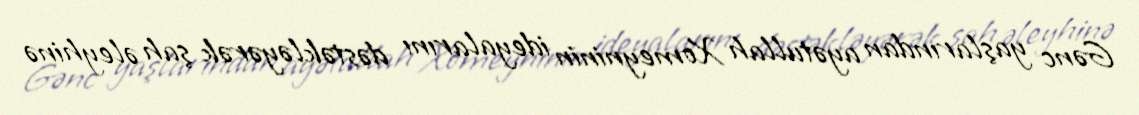
Gənc yaşlarından ayətullah Xomeyninin ideyalarını dəstəkləyərək şah əleyhinə